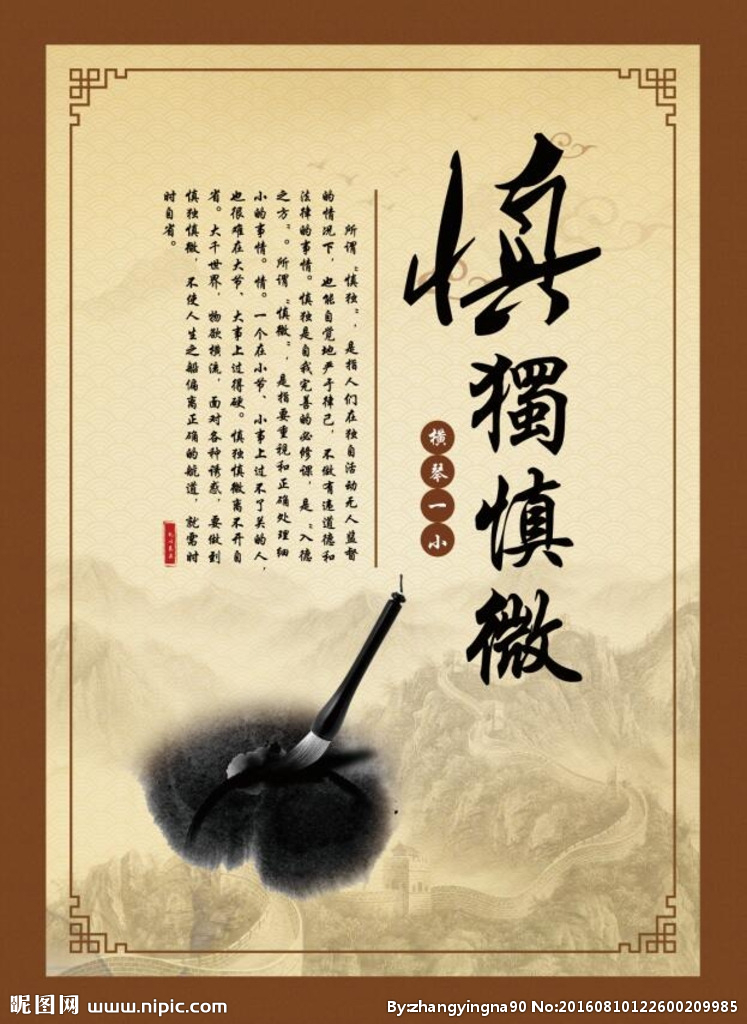
君子戒慎乎其所不睹，恐惧乎其所不闻。